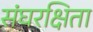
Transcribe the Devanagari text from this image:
संघरक्षिता